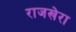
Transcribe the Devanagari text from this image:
राजखेरा